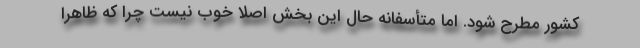
کشور مطرح شود. اما متأسفانه حال این بخش اصلاً خوب نیست چرا که ظاهراً